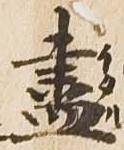
尽